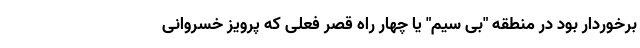
برخوردار بود در منطقه "بی سیم" یا چهار راه قصر فعلی که پرویز خسروانی